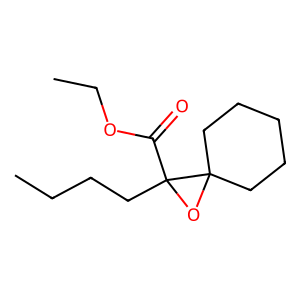
SMILES: CCCCC1(C(=O)OCC)OC12CCCCC2
Inhibits HIV replication: No